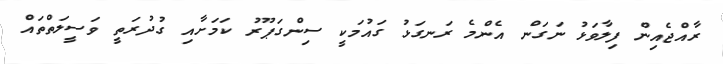
ރާއްޖެއިން ފިލާވަޅު ނަގަން އެންމެ ރަނގަޅު ގައުމަކީ ސިންގަޕޫރު ކަމަށާއި ގުދުރަތީ ވަސީލަތްތައް